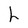
Character: h